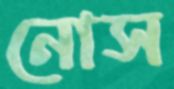
নোস